Lunatic asylums Bombay report 1891-1903 - 1891-1903
Year: 1891
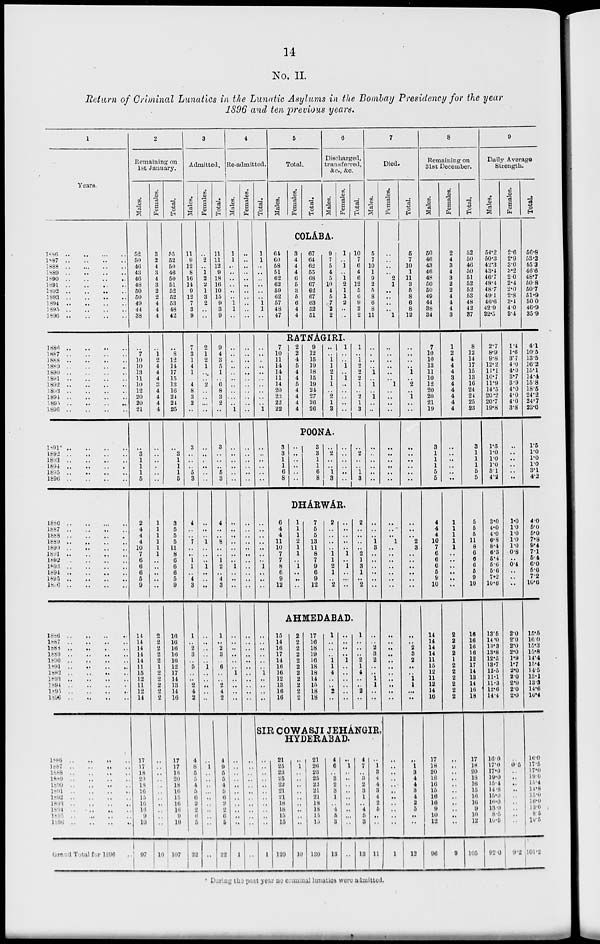
14
No. II
Return of Criminal Lunatics in the Lunatic Asylums in the Bombay Presidency for the year
1896 and ten previous years.
1
Years.
1886 .. .. .. ..
1887
..
..
..
..
1888
..
..
..
..
1889
..
..
..
..
1890 .. .. .. ..
1891
..
..
..
..
1892
..
..
..
..
1893
..
..
..
..
1894 .. .. .. ..
1895
..
..
..
..
1896
..
..
..
..
1886
..
..
..
..
1887
..
..
..
..
1888 .. .. .. ..
1889 .. .. .. ..
1890
..
..
..
..
1891
..
..
..
..
1892 .. .. .. ..
1893 .. .. .. ..
1894
..
..
..
..
1895
..
..
..
..
1896
..
..
..
..
1891 .. .. .. ..
1892
..
..
..
..
1893
..
..
..
..
1894
..
..
..
..
1895 .. .. .. ..
1896
..
..
..
..
1886 .. .. .. ..
1887
..
..
..
..
1888
..
..
..
..
1889
..
..
..
..
1890
..
..
..
..
1891 .. .. .. ..
1892
..
..
..
..
1893
..
..
..
..
1894
..
..
..
..
1895 .. .. .. ..
1896 .. .. .. ..
1886
..
..
..
..
1887 .. .. .. ..
1888
..
..
..
..
1889
..
..
..
..
1890
..
..
..
..
1891
..
..
..
..
1892
..
..
..
..
1893 .. .. .. ..
1894
..
..
..
..
1895 .. .. .. ..
1896 .. .. .. ..
1886
..
..
..
..
1887 .. .. .. ..
1888
..
..
..
..
1889 .. .. .. ..
1890
..
..
..
..
1891 .. .. .. ..
1892 .. .. .. ..
1893 .. .. .. ..
1894 .. .. .. ..
1895 .. .. .. ..
1896
..
..
..
..
Grand Total for 1896 ..
2
Remaining on
1st January.
Males.
52
50
46
43
46
48
50
50
49
44
38
..
7
10
10
13
11
10
12
20
20
21
..
3
1
1
1
5
2
4
4
4
10
7
6
6
6
5
9
14
14
14
14
14
11
15
12
11
12
14
17
17
18
20
18
16
15
16
16
9
10
97
Females.
3
2
4
3
4
3
2
2
4
4
4
..
1
2
4
4
4
3
4
4
4
4
..
..
..
..
..
..
1
1
1
1
1
1
..
..
..
..
..
2
2
2
2
2
1
2
2
2
2
2
..
..
..
..
..
..
..
..
..
..
..
10
Total.
55
52
50
46
50
51
52
52
53
48
42
..
8
12
14
17
15
13
16
24
24
25
..
3
1
1
1
5
3
5
5
5
11
8
6
6
6
5
9
16
16
16
16
16
12
17
14
13
14
16
17
17
18
20
18
16
15
16
16
9
10
107
3
Admitted.
Males.
11
9
12
8
16
14
9
12
7
3
9
7
3
1
4
1
..
4
8
3
2
..
3
..
..
..
5
3
4
..
..
7
..
..
1
1
..
4
3
1
..
2
3
..
5
..
..
2
4
2
4
8
5
5
4
5
6
2
2
6
5
22
Females.
..
2
..
1
2
2
1
3
2
..
..
2
1
2
1
..
..
2
..
..
..
..
..
..
..
..
..
..
..
..
..
1
..
..
..
1
..
..
..
..
..
..
..
..
1
..
..
..
..
..
..
1
..
..
..
..
..
..
..
..
..
..
Total.
11
11
12
9
18
16
10
15
9
3
9
9
4
3
5
1
..
6
8
3
2
..
3
..
..
..
5
3
4
..
..
8
..
..
1
2
..
4
3
1
..
2
3
..
6
..
..
2
4
2
4
9
5
5
4
5
6
2
2
6
5
22
4
Re-admitted.
Males.
1
1
..
..
..
..
..
..
1
1
..
..
..
..
..
..
..
..
..
..
..
1
..
..
..
..
..
..
..
..
..
..
..
..
..
1
..
..
..
..
..
..
..
..
..
1
..
..
..
..
..
..
..
..
..
..
..
..
..
..
..
1
Females.
..
..
..
..
..
..
..
..
..
..
..
..
..
..
..
..
..
..
..
..
..
..
..
..
..
..
..
..
..
..
..
..
..
..
..
..
..
..
..
..
..
..
..
..
..
..
..
..
..
..
..
..
..
..
..
..
..
..
..
..
..
..
Total.
1
1
..
..
..
..
..
..
1
1
..
..
..
..
..
..
..
..
..
..
..
1
..
..
..
..
..
..
..
..
..
..
..
..
..
1
..
..
..
..
..
..
..
..
..
1
..
..
..
..
5
Total.
Males.
Females.
Total.
6
Discharged,
transferred,
&c., &c.
Males.
Females.
Total.
COLÁBA.
64
60
58
51
62
62
59
62
57
48
47
3
4
4
4
6
5
3
5
6
4
4
67
64
62
55
68
67
62
67
63
52
51
9
7
5
4
5
10
4
5
7
2
2
1
..
1
..
1
2
1
1
2
..
..
10
7
6
4
6
12
5
6
9
2
2
RATNÁGIRI.
7
10
11
14
14
11
14
20
23
22
22
2
2
4
5
4
4
5
4
4
4
4
9
12
15
19
18
15
19
24
27
26
26
..
..
1
1
2
1
1
..
2
1
3
1
..
..
1
..
1
..
..
..
..
..
1
..
1
2
2
2
1
..
2
1
3
POONA.
3
3
1
1
6
8
..
..
..
..
..
..
3
3
1
1
6
8
..
2
..
..
1
3
..
..
..
..
..
..
..
2
..
..
1
3
DHÁRWÁR.
6
4
4
11
10
7
7
8
6
9
12
1
1
1
2
1
1
..
1
..
..
..
7
5
5
13
11
8
7
9
6
9
12
2
..
..
..
..
1
1
2
1
..
2
..
..
..
..
..
1
..
1
..
..
..
2
..
..
..
..
2
1
3
1
..
2
AHMEDABAD.
15
14
16
17
14
16
16
12
13
16
16
2
2
2
2
2
2
2
2
2
2
2
17
16
18
19
16
18
18
14
15
18
18
1
..
..
..
1
1
4
..
..
2
..
..
..
..
..
1
..
..
..
..
..
..
1
..
..
..
2
1
4
..
..
2
..
7
Died.
Males.
5
7
10
1
9
2
5
8
6
8
11
..
..
..
..
1
..
1
..
1
..
..
..
..
..
..
..
..
..
..
..
1
3
..
..
..
..
..
..
..
..
2
3
2
..
..
1
1
..
..
SIR COWASJI JEHÁNGIR,
HYDERABAD.
..
..
..
..
..
..
..
..
..
..
..
1
21
25
23
25
22
21
21
18
18
15
15
120
..
1
..
..
..
..
..
..
..
..
..
10
21
26
23
25
22
21
21
18
18
15
15
130
4
6
..
3
2
3
1
..
4
5
3
13
..
1
..
..
..
..
..
..
..
..
..
..
4
7
..
3
2
3
1
..
4
5
3
13
..
1
3
4
4
3
4
2
5
..
..
11
Females.
..
..
..
..
2
1
..
..
..
..
1
..
..
..
..
..
..
1
..
..
..
..
..
..
..
..
..
..
..
..
..
1
..
..
..
..
..
..
..
..
..
..
..
..
..
..
..
..
..
..
..
..
..
..
..
..
..
..
..
..
..
1
Total.
5
7
10
1
11
3
5
8
6
8
12
..
..
..
..
1
..
2
..
1
..
..
..
..
..
..
..
..
..
..
..
2
3
..
..
..
..
..
..
..
..
2
3
2
..
..
1
1
..
..
..
1
3
4
4
3
4
2
5
..
..
12
8
Remaining on
31st December.
Males.
50
46
43
46
48
50
50
49
44
38
34
7
10
10
13
11
10
12
20
20
21
19
3
1
1
1
5
5
4
4
4
10
7
6
6
6
5
9
10
14
14
14
14
11
15
12
11
12
14
16
17
18
20
18
16
15
16
16
9
10
12
96
Females.
2
4
3
4
3
2
2
4
4
4
3
1
2
4
4
4
3
4
4
4
4
4
..
..
..
..
..
..
1
1
1
1
1
..
..
..
..
..
..
2
2
2
2
1
2
2
2
2
2
2
..
..
..
..
..
..
..
..
..
..
..
9
Total.
52
50
46
50
51
52
52
53
48
42
37
8
12
14
17
15
13
16
24
24
25
23
3
1
1
1
5
5
5
5
5
11
8
6
6
6
5
9
10
16
16
16
16
12
17
14
13
14
16
18
17
18
20
18
16
15
16
16
9
10
12
105
9
Daily Average
Strength.
Males.
54.2
50.3
42.3
43.4
46.7
48.4
48.7
49.1
46.6
42.9
32.5
2.7
8.9
9.8
12.2
11.1
10.7
11.9
14.5
20.2
20.7
19.8
1.5
1.0
1.0
1.0
3.1
4.2
3.0
4.0
4.0
6.8
8.4
6.3
5.4
5.6
5.6
7.2
10.6
13.5
14.0
13.3
13.8
12.5
13.7
12.5
11.1
11.3
12.6
14.4
16.0
17.0
17.0
19.0
15.4
14.8
15.0
16.0
13.0
8.5
10.5
92.0
Females.
2.6
2.9
3.0
3.2
2.0
2.4
2.0
2.8
3.4
4.0
3.4
1.4
1.6
3.7
4.0
4.0
3.7
3.9
4.0
4.0
4.0
3.8
..
..
..
..
..
..
1.0
1.0
1.0
1.0
1.0
0.8
..
0.4
..
.. ..
2.0
2.0
2.0
2.0
1.9
1.7
2.0
2.0
2.0
2.0
2.0
..
0.5
..
..
..
..
..
..
..
..
..
9.2
Total.
56.8
53.2
45.3
46.6
48.7
50.8
50.7
51.9
50.0
46.9
35.9
4.1
10.5
13.5
16.2
15.1
14.4
15.8
18.5
24.2
24.7
23.6
1.5
1.0
1.0
1.0
3.1
4.2
4 0
5.0
5.0
7.8
9.4
7.1
5.4
6.0
5.6
7.2
10.6
15.5
16.0
15.3
15.8
14.4
15.4
14.5
13.1
13.3
14.6
16.4
16.0
17.5
17.0
19.0
15.4
14.8
15.0
16.0
13.0
8.5
10.5
101.2
During the past year no criminal lunatics were admitted.